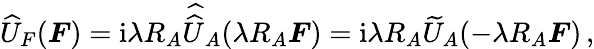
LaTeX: \widehat U_{F}(\boldsymbol F)={\mathrm{i}\lambda R_{A}}\, \widehat{\! \widehat U}_{A}(\lambda R_{A}\boldsymbol F)=\mathrm{i}\lambda R_{A}\widetilde U_{A}(-\lambda R_{A}\boldsymbol F)\, ,